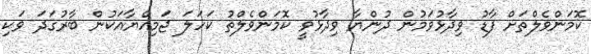
ކޮމަންވެލްތަށް ފާޑު ވިދާޅުވަމުން ދުންޔާ ވިދާޅުވީ ކޮމަންވެލްތު ކަހަލަ ޖަމިއްޔާއަކުން ބާރުގަދަ ވަކި